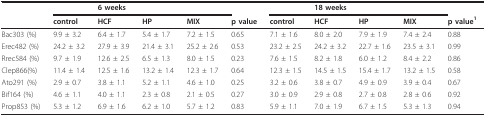
|  |  | <COLSPAN=3> 6 weeks |  |  | <COLSPAN=3> 18 weeks |  |
 |  | control | HCF | HP | MIX | p value | control | HCF | HP | MIX | p value1 |
 | --- | --- | --- | --- | --- | --- | --- | --- | --- | --- | --- |
 | Bac303 (%) | 9.9 ± 3.2 | 6.4 ± 1.7 | 5.4 ± 1.7 | 7.2 ± 1.5 | 0.65 | 7.1 ± 1.6 | 8.0 ± 2.0 | 7.9 ± 1.9 | 7.4 ± 2.4 | 0.88 |
 | Erec482 (%) | 24.2 ± 3.2 | 27.9 ± 3.9 | 21.4 ± 3.1 | 25.2 ± 2.6 | 0.53 | 23.2 ± 2.5 | 24.2 ± 3.2 | 22.7 ± 1.6 | 23.5 ± 3.1 | 0.99 |
 | Rrec584 (%) | 9.7 ± 1.9 | 12.6 ± 2.5 | 6.5 ± 1.3 | 8.0 ± 1.5 | 0.23 | 7.6 ± 1.5 | 8.2 ± 1.8 | 6.0 ± 1.2 | 8.4 ± 2.2 | 0.86 |
 | Clep866(%) | 11.4 ± 1.4 | 12.5 ± 1.6 | 13.2 ± 1.4 | 12.3 ± 1.7 | 0.64 | 12.3 ± 1.5 | 14.5 ± 1.5 | 15.4 ± 1.7 | 13.2 ± 1.5 | 0.58 |
 | Ato291 (%) | 2.9 ± 0.7 | 3.8 ± 1.1 | 5.2 ± 1.1 | 4.6 ± 1.0 | 0.25 | 3.2 ± 0.6 | 3.8 ± 0.7 | 4.9 ± 0.9 | 3.9 ± 0.4 | 0.67 |
 | Bif164 (%) | 4.6 ± 1.1 | 4.0 ± 1.1 | 2.3 ± 0.8 | 2.1 ± 0.5 | 0.27 | 3.0 ± 0.9 | 2.9 ± 0.8 | 2.7 ± 0.8 | 2.8 ± 0.6 | 0.92 |
 | Prop853 (%) | 5.3 ± 1.2 | 6.9 ± 1.6 | 6.2 ± 1.0 | 5.7 ± 1.2 | 0.83 | 5.9 ± 1.1 | 7.0 ± 1.9 | 6.7 ± 1.5 | 5.3 ± 1.3 | 0.94 |